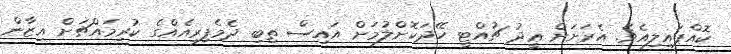
ކޮއްޕައިލިއެވެ. އެރަށަށް ޢީދު ޗުއްޓީ ހޭދަކޮށްލުމަށް އައިސް ތިބި ދެމެފިރިއެއްގެ ކުރިމައްޗަށް އިޒާން